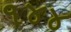
૧૪૪